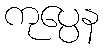
ကုပ္ပေန